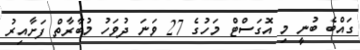
ގައްބެ ބުނީ މި އޮގަސްޓް މަހުގެ 27 ވަނަ ދުވަހު މުބާރާތް ފަށާއިރު